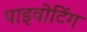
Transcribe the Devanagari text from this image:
पाइवोटिंग